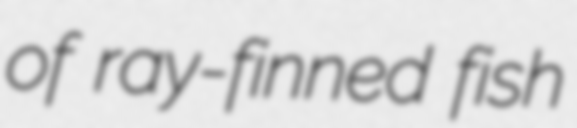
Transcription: of ray-finned fish